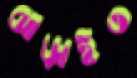
ঝাড়াইত